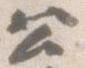
公